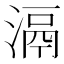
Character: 滆